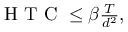
\begin{array} { r } { \textrm { H T C } \leq \beta \frac { T } { d ^ { 2 } } , } \end{array}